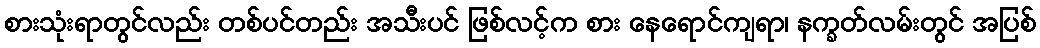
စားသုံးရာတွင်လည်း တစ်ပင်တည်း အသီးပင် ဖြစ်လင့်က စား နေရောင်ကျရာ၊ နက္ခတ်လမ်းတွင် အပြစ်